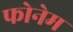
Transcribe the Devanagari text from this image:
फोनेम